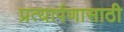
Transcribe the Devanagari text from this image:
प्रत्यार्पणासाठी